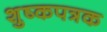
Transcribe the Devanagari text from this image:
शुष्कपत्रक